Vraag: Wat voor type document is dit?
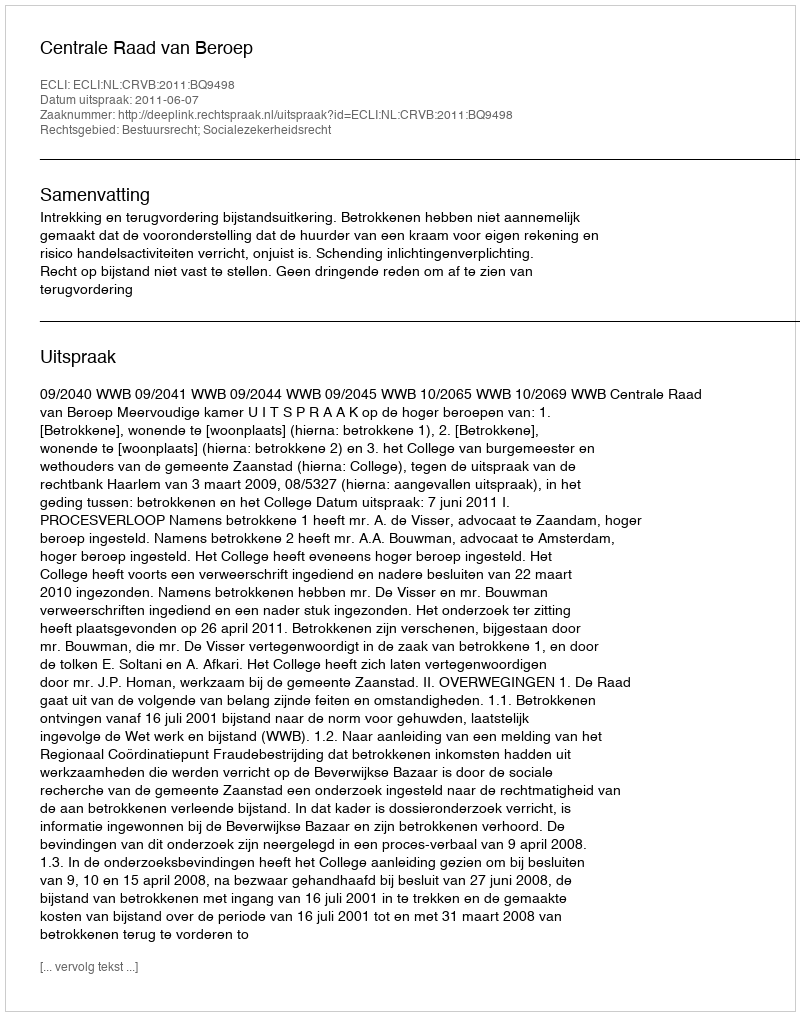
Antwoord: Uitspraak